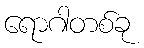
ရောဂါတစ်ခု